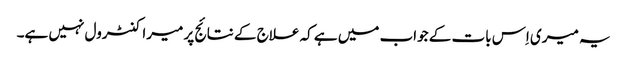
یہ میری اِس بات کے جواب میں ہے کہ علاج کے نتائج پر میرا کنٹرول نہیں ہے۔